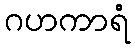
ဂဟကာရံ